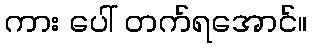
ကား ပေါ် တက်ရအောင်။